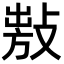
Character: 𢾍